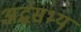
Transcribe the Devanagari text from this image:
अर्द्धसभ्य